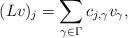
LaTeX: \begin{align*}(L v)_j = \sum_{\gamma \in \Gamma} c_{j, \gamma} v_\gamma,\end{align*}